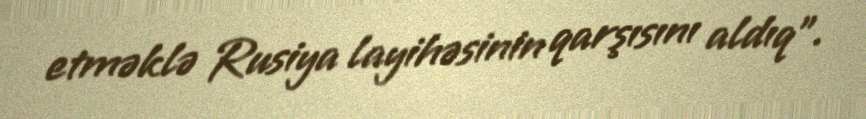
etməklə Rusiya layihəsinin qarşısını aldıq".